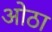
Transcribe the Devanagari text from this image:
ओठा